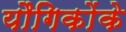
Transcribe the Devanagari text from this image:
यौगिकोंके